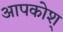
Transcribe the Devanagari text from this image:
आपकोश्